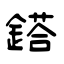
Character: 鎝